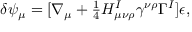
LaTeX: \delta \psi _ { \mu } = [ \nabla _ { \mu } + { \textstyle { \frac { 1 } { 4 } } } H _ { \mu \nu \rho } ^ { I } \gamma ^ { \nu \rho } \Gamma ^ { I } ] \epsilon ,